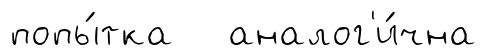
попы́тка аналог'и́чна